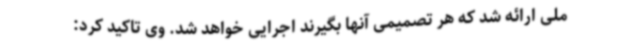
ملی ارائه شد که هر تصمیمی آنها بگیرند اجرایی خواهد شد. وی تاکید کرد: